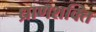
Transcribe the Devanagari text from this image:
ध्राणशक्ति